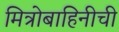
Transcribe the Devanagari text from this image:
मित्रोबाहिनीची